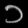
Digit: ၁